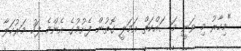
"މިހާރު މި ވަނީ މަސައްކަތް އަމަލީ ގޮތުން ފެށުމުގެ އެންމެ ފަހު މަރުހަލާ